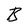
Character: B